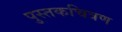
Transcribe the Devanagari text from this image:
पुस्तकचित्रण